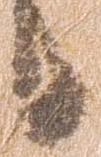
候